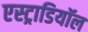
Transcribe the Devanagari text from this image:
एस्ट्राडियॉल